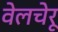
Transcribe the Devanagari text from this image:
वेलचेरू